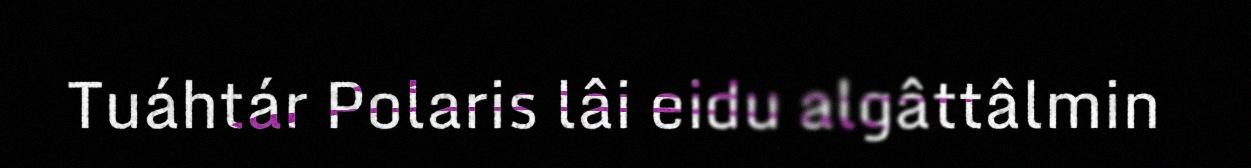
Tuáhtár Polaris lâi eidu algâttâlmin